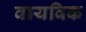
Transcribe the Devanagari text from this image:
वायविक